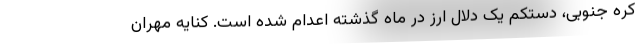
کره جنوبی، دستکم یک دلال ارز در ماه گذشته اعدام شده است. کنایه مهران